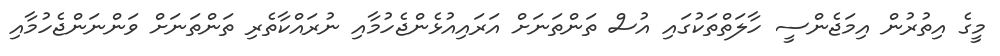
މީގެ އިތުރުން އިމަޖެންސީ ހާލަތްތަކުގައި އުސް ތަންތަނަށް އަރައިއުޅެންޖެހުމާއި ނުރައްކާތެރި ތަންތަނަށް ވަންނަންޖެހުމާއި